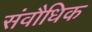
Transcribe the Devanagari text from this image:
संवौधिक